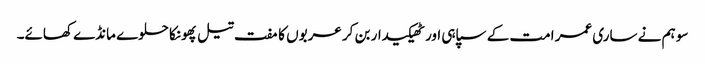
سو ہم نے ساری عمر امت کے سپاہی اور ٹھیکیدار بن کر عربوں کا مفت تیل پھونکا حلوے مانڈے کھائے۔